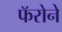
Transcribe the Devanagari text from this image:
फॅरोने